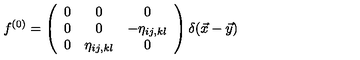
f ^ { ( 0 ) } = \left( \begin{array} { c c c } { 0 } & { 0 } & { 0 } \\ { 0 } & { 0 } & { - \eta _ { i j , k l } } \\ { 0 } & { \eta _ { i j , k l } } & { 0 } \\ \end{array} \right) \delta ( \vec { x } - \vec { y } )